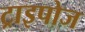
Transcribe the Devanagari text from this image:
ट्राइपोज